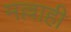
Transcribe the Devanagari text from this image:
मल्लाही